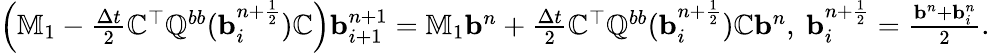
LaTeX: \begin{array}{r}{\left(\mathbb{M}_{1}-\frac{\Delta t}{2}\mathbb{C}^{\top}\mathbb{Q}^{bb}({\mathbf b}_{i}^{n+\frac{1}{2}})\mathbb{C}\right){\mathbf b}_{i+1}^{n+1}=\mathbb{M}_{1}{\mathbf b}^{n}+\frac{\Delta t}{2}\mathbb{C}^{\top}\mathbb{Q}^{bb}({\mathbf b}_{i}^{n+\frac{1}{2}})\mathbb{C}{\mathbf b}^{n},\ {\mathbf b}_{i}^{n+\frac{1}{2}}=\frac{{\mathbf b}^{n}+{\mathbf b}_{i}^{n}}{2}.}\end{array}